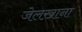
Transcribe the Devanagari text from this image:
जेलख़ाना